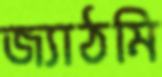
জ্যাঠমি